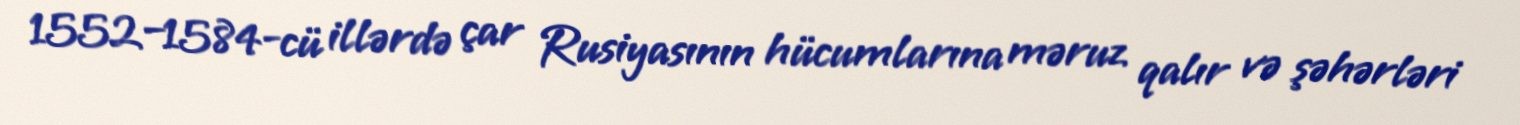
1552–1584-cü illərdə çar Rusiyasının hücumlarına məruz qalır və şəhərləri